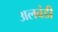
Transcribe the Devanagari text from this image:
अलवंडी